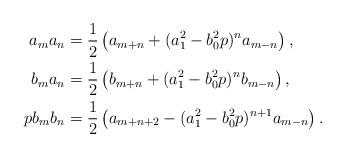
LaTeX: \begin{align*}a_ma_n&=\frac{1}{2}\left(a_{m+n} + (a_1^2-b_0^2p)^na_{m-n}\right), \\ b_ma_n&=\frac{1}{2}\left(b_{m+n} + (a_1^2-b_0^2p)^nb_{m-n}\right),\\ pb_mb_n&=\frac{1}{2}\left(a_{m+n+2}-(a_1^2-b_0^2p)^{n+1}a_{m-n}\right). \\ \end{align*}